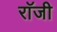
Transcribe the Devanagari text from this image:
राॅजी